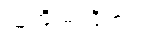
သူ့ကို မကြိုက်။